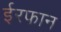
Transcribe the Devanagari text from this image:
ईरफान